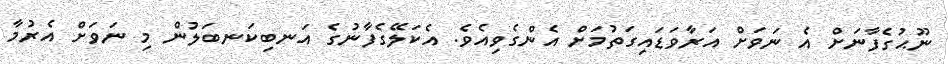
ނޫޙުގެފާނަށް އެ ނަވަށް އަރާވަޑައިގަތުމަށް އެންގެވިއެވެ. އެކަލޭގެފާނުގެ އަނބިކަނބަލުން މި ނަވަށް އެރުމާ